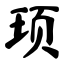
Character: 顼